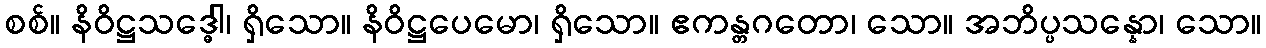
စစ်။ နိဝိဋ္ဌသဒ္ဓေါ၊ ရှိသော။ နိဝိဋ္ဌပေမော၊ ရှိသော။ ဧကန္တဂတော၊ သော။ အဘိပ္ပသန္နော၊ သော။